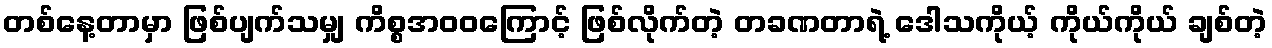
တစ်နေ့တာမှာ ဖြစ်ပျက်သမျှ ကိစ္စအဝဝကြောင့် ဖြစ်လိုက်တဲ့ တခဏတာရဲ့ ဒေါသကိုယ့် ကိုယ်ကိုယ် ချစ်တဲ့